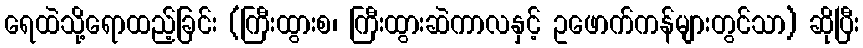
ရေထဲသို့ရောထည့်ခြင်း (ကြီးထွားစ၊ ကြီးထွားဆဲကာလနှင့် ဥဖောက်ကန်များတွင်သာ) ဆိုပြီး